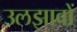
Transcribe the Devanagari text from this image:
उलझावों